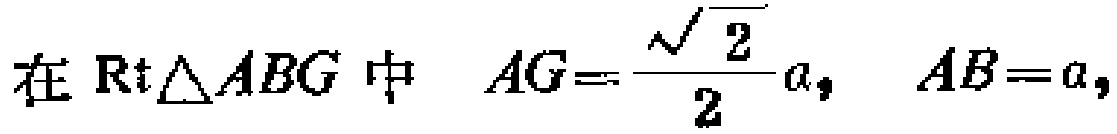
在$\text{Rt}\triangle ABG$中  $AG=\frac{\sqrt{2}}{2}a,\ AB = a,$